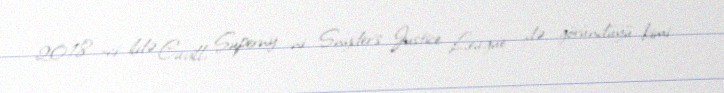
2018 -ci ildə Cavill, Superny -ni Snyder's Justice League -də göründüyü kimi